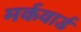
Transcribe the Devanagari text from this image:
मर्कवार्ड